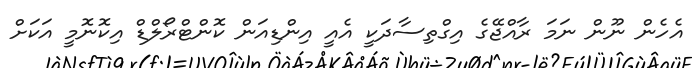
އެހެން ނޫން ނަމަ ރާއްޖޭގެ އިގްތިސާދަކީ އެއީ އިންޑިއަން ކޮންޓްރޯލްޑް އިކޮނޮމީ އަކަށް